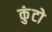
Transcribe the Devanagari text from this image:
कुंटो